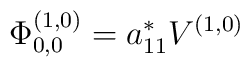
\Phi_{0,0}^{(1,0)} = a_{11}^{*} V^{(1,0)}